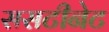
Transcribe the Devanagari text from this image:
ससटीनेट